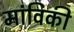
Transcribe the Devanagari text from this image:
मांविकी